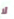
لا